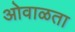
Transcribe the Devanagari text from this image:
ओवाळता